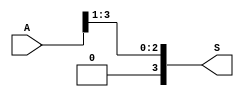
module divisao2 (A, S);

input  [3:0]A;
output [3:0]S;
 
assign S[0] = A[1];
assign S[1] = A[2];
assign S[2] = A[3];
assign S[3] = 0;
 
endmodule